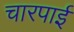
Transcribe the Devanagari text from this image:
चारपार्इ